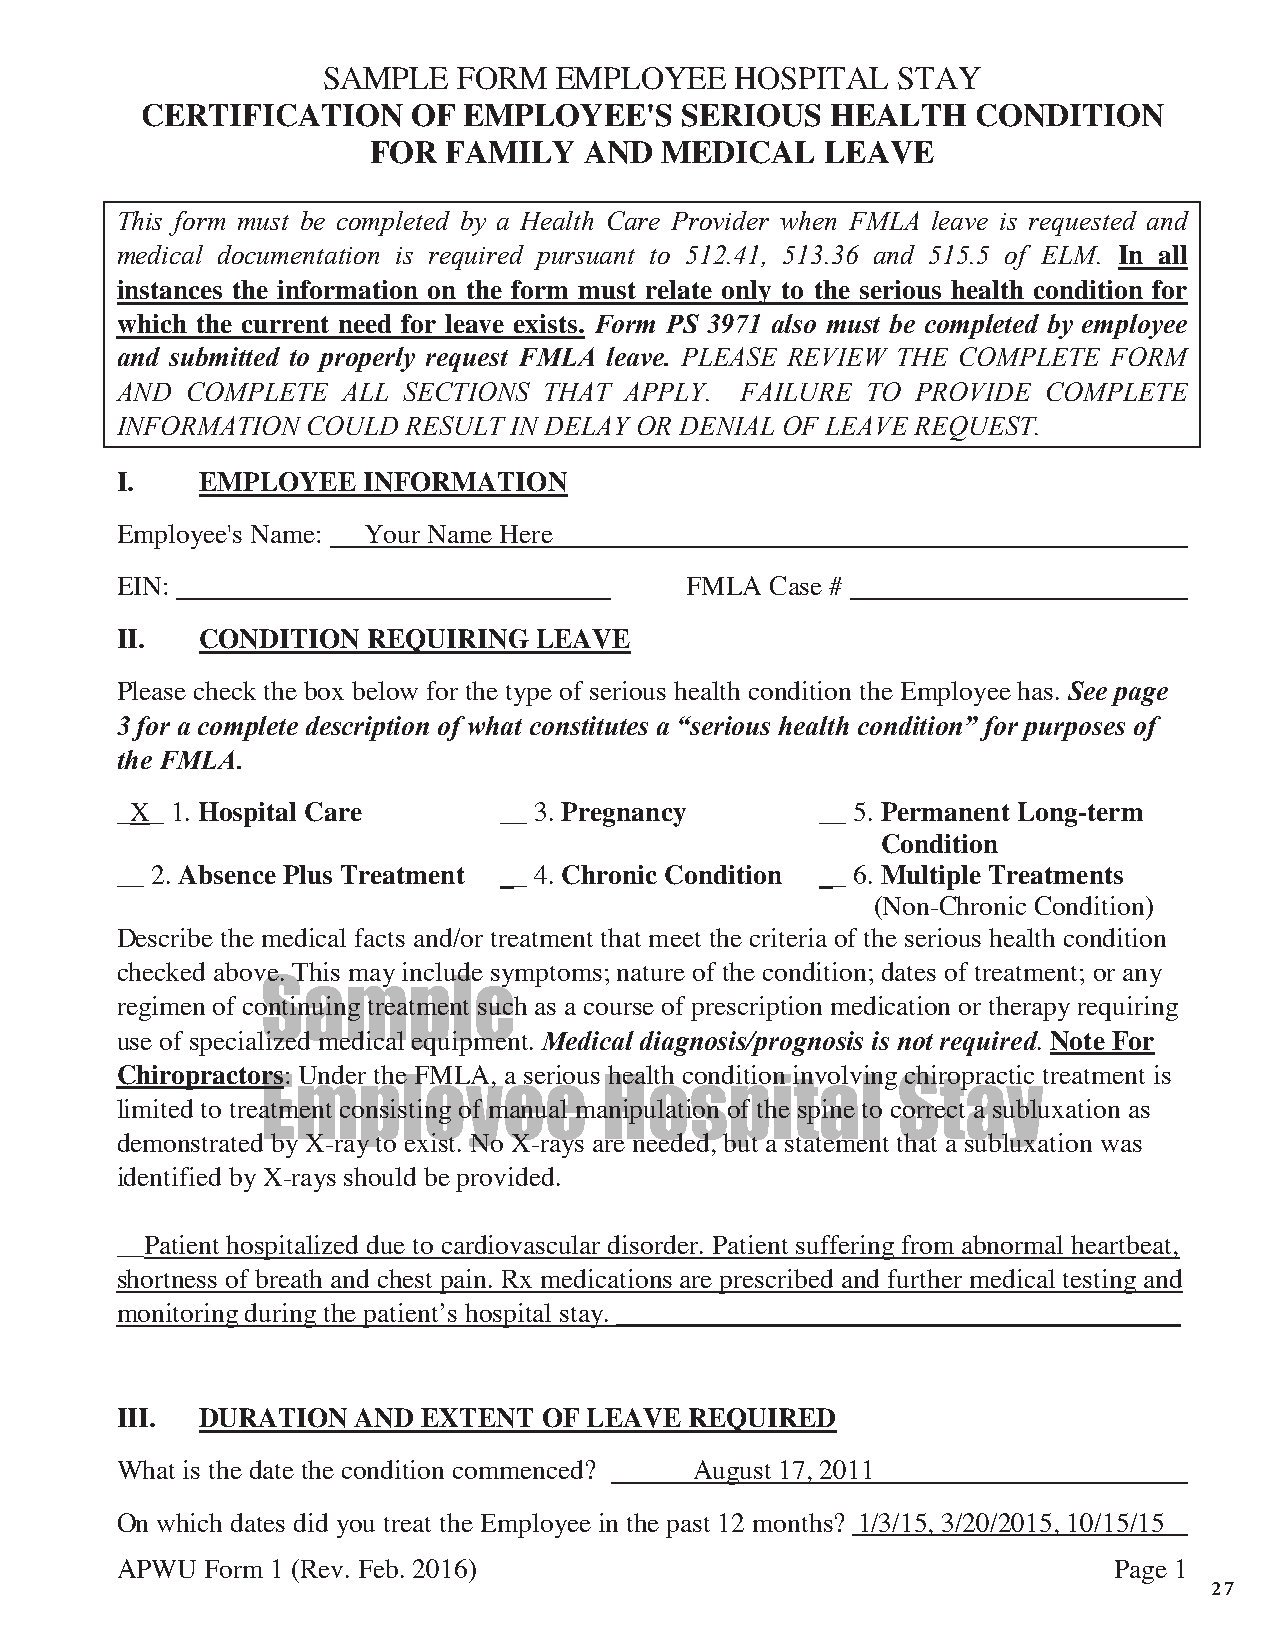
SAMPLE   FORM   EMPLOYEE    HOSPITAL  STAY
 CERTIFICATION     OF  EMPLOYEE'S    SERIOUS   HEALTH    CONDITION
 FOR  FAMILY   AND  MEDICAL    LEAVE
 This form must be completed by a Health Care Provider when FMLA leave is requested and
 medical documentation is required pursuant to 512.41, 513.36 and 515.5 of ELM. In all
 instances the information on the form must relate only to the serious health condition for
 which the current need for leave exists. Form PS 3971 also must be completed by employee
 and submitted to properly request FMLA leave. PLEASE REVIEW THE COMPLETE FORM
 AND COMPLETE   ALL SECTIONS THAT APPLY.  FAILURE TO  PROVIDE COMPLETE
 INFORMATION COULD  RESULT IN DELAY OR DENIAL OF LEAVE REQUEST.
 I.   EMPLOYEE   INFORMATION
 Employee's Name: Your Name Here
 EIN:                                 FMLA  Case #
 II.  CONDITION  REQUIRING  LEAVE
 Please check the box below for the type of serious health condition the Employee has. See page
 3 for a complete description of what constitutes a “serious health condition” for purposes of
 the FMLA.
 _X_ 1. Hospital Care     __ 3. Pregnancy      __ 5. Permanent Long-term
 Condition
 __ 2. Absence Plus Treatment __ 4. Chronic Condition __ 6. Multiple Treatments
 (Non-Chronic Condition)
 Describe the medical facts and/or treatment that meet the criteria of the serious health condition
 checked above. This may include symptoms; nature of the condition; dates of treatment; or any
 Sample
 regimen of continuing treatment such as a course of prescription medication or therapy requiring
 use of specialized medical equipment. Medical diagnosis/prognosis is not required. Note For
 Chiropractors: Under the FMLA, a serious health condition involving chiropractic treatment is
 Employee               Hospital           Stay
 limited to treatment consisting of manual manipulation of the spine to correct a subluxation as
 demonstrated by X-ray to exist. No X-rays are needed, but a statement that a subluxation was
 identified by X-rays should be provided.
 __Patient hospitalized due to cardiovascular disorder. Patient suffering from abnormal heartbeat,
 shortness of breath and chest pain. Rx medications are prescribed and further medical testing and
 monitoring during the patientʼs hospital stay. _________________________________________
 III. DURATION   AND EXTENT  OF LEAVE  REQUIRED
 What is the date the condition commenced? August 17, 2011
 On which dates did you treat the Employee in the past 12 months? 1/3/15, 3/20/2015, 10/15/15
 APWU  Form 1 (Rev. Feb. 2016)                                     Page 1
 27